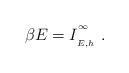
\begin{align*}\beta E=I_{\phantom{}_{E,h}}^{\phantom{}^\infty}\ .\end{align*}